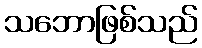
သဘောဖြစ်သည်